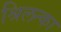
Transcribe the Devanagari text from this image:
श्रिलन्का